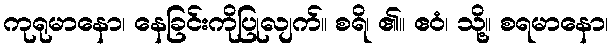
ကုရုမာနော၊ နေခြင်းကိုပြုလျက်။ စရိ၊ ၏။ ဧဝံ၊ သို့။ စရမာနော၊